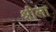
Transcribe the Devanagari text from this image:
श्रीला